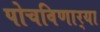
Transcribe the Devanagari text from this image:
पोचविणार्‍या